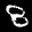
Label: 8